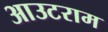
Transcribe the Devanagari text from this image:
आउटराम